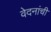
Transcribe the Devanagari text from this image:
वेदनांची